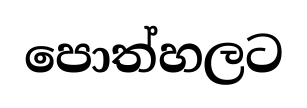
පොත්හලට